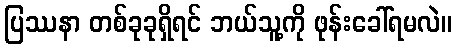
ပြဿနာ တစ်ခုခုရှိရင် ဘယ်သူ့ကို ဖုန်းခေါ်ရမလဲ။